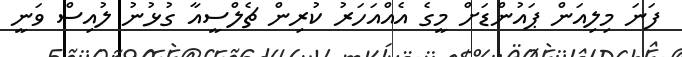
ފަނަ މިލިއަން ޕައުންޑަށް މީގެ އެއްއަހަރު ކުރިން ޗެލްސީއާ ގުޅުނު ލުއިސް ވަނީ